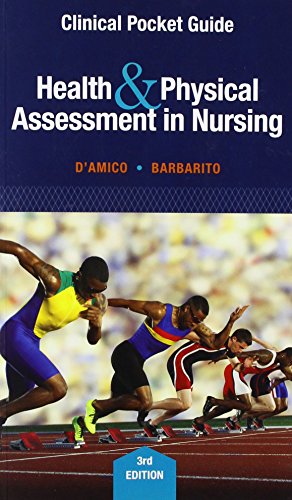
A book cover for Clinical Pocket Guide for Health & Physical Assessment in Nursing; Donita T D'Amico; Medical Books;